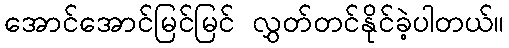
အောင်အောင်မြင်မြင် လွှတ်တင်နိုင်ခဲ့ပါတယ်။